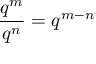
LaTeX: { \frac { q ^ { m } } { q ^ { n } } } = q ^ { m - n }